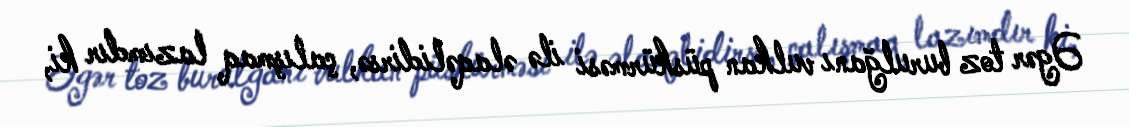
Əgər toz burulğanı vulkan püskürməsi ilə əlaqəlidirsə, çalışmaq lazımdır ki,